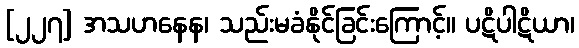
[၂၂၇] အသဟနေန၊ သည်းမခံနိုင်ခြင်းကြောင့်။ ပဋိပါဋိယာ၊